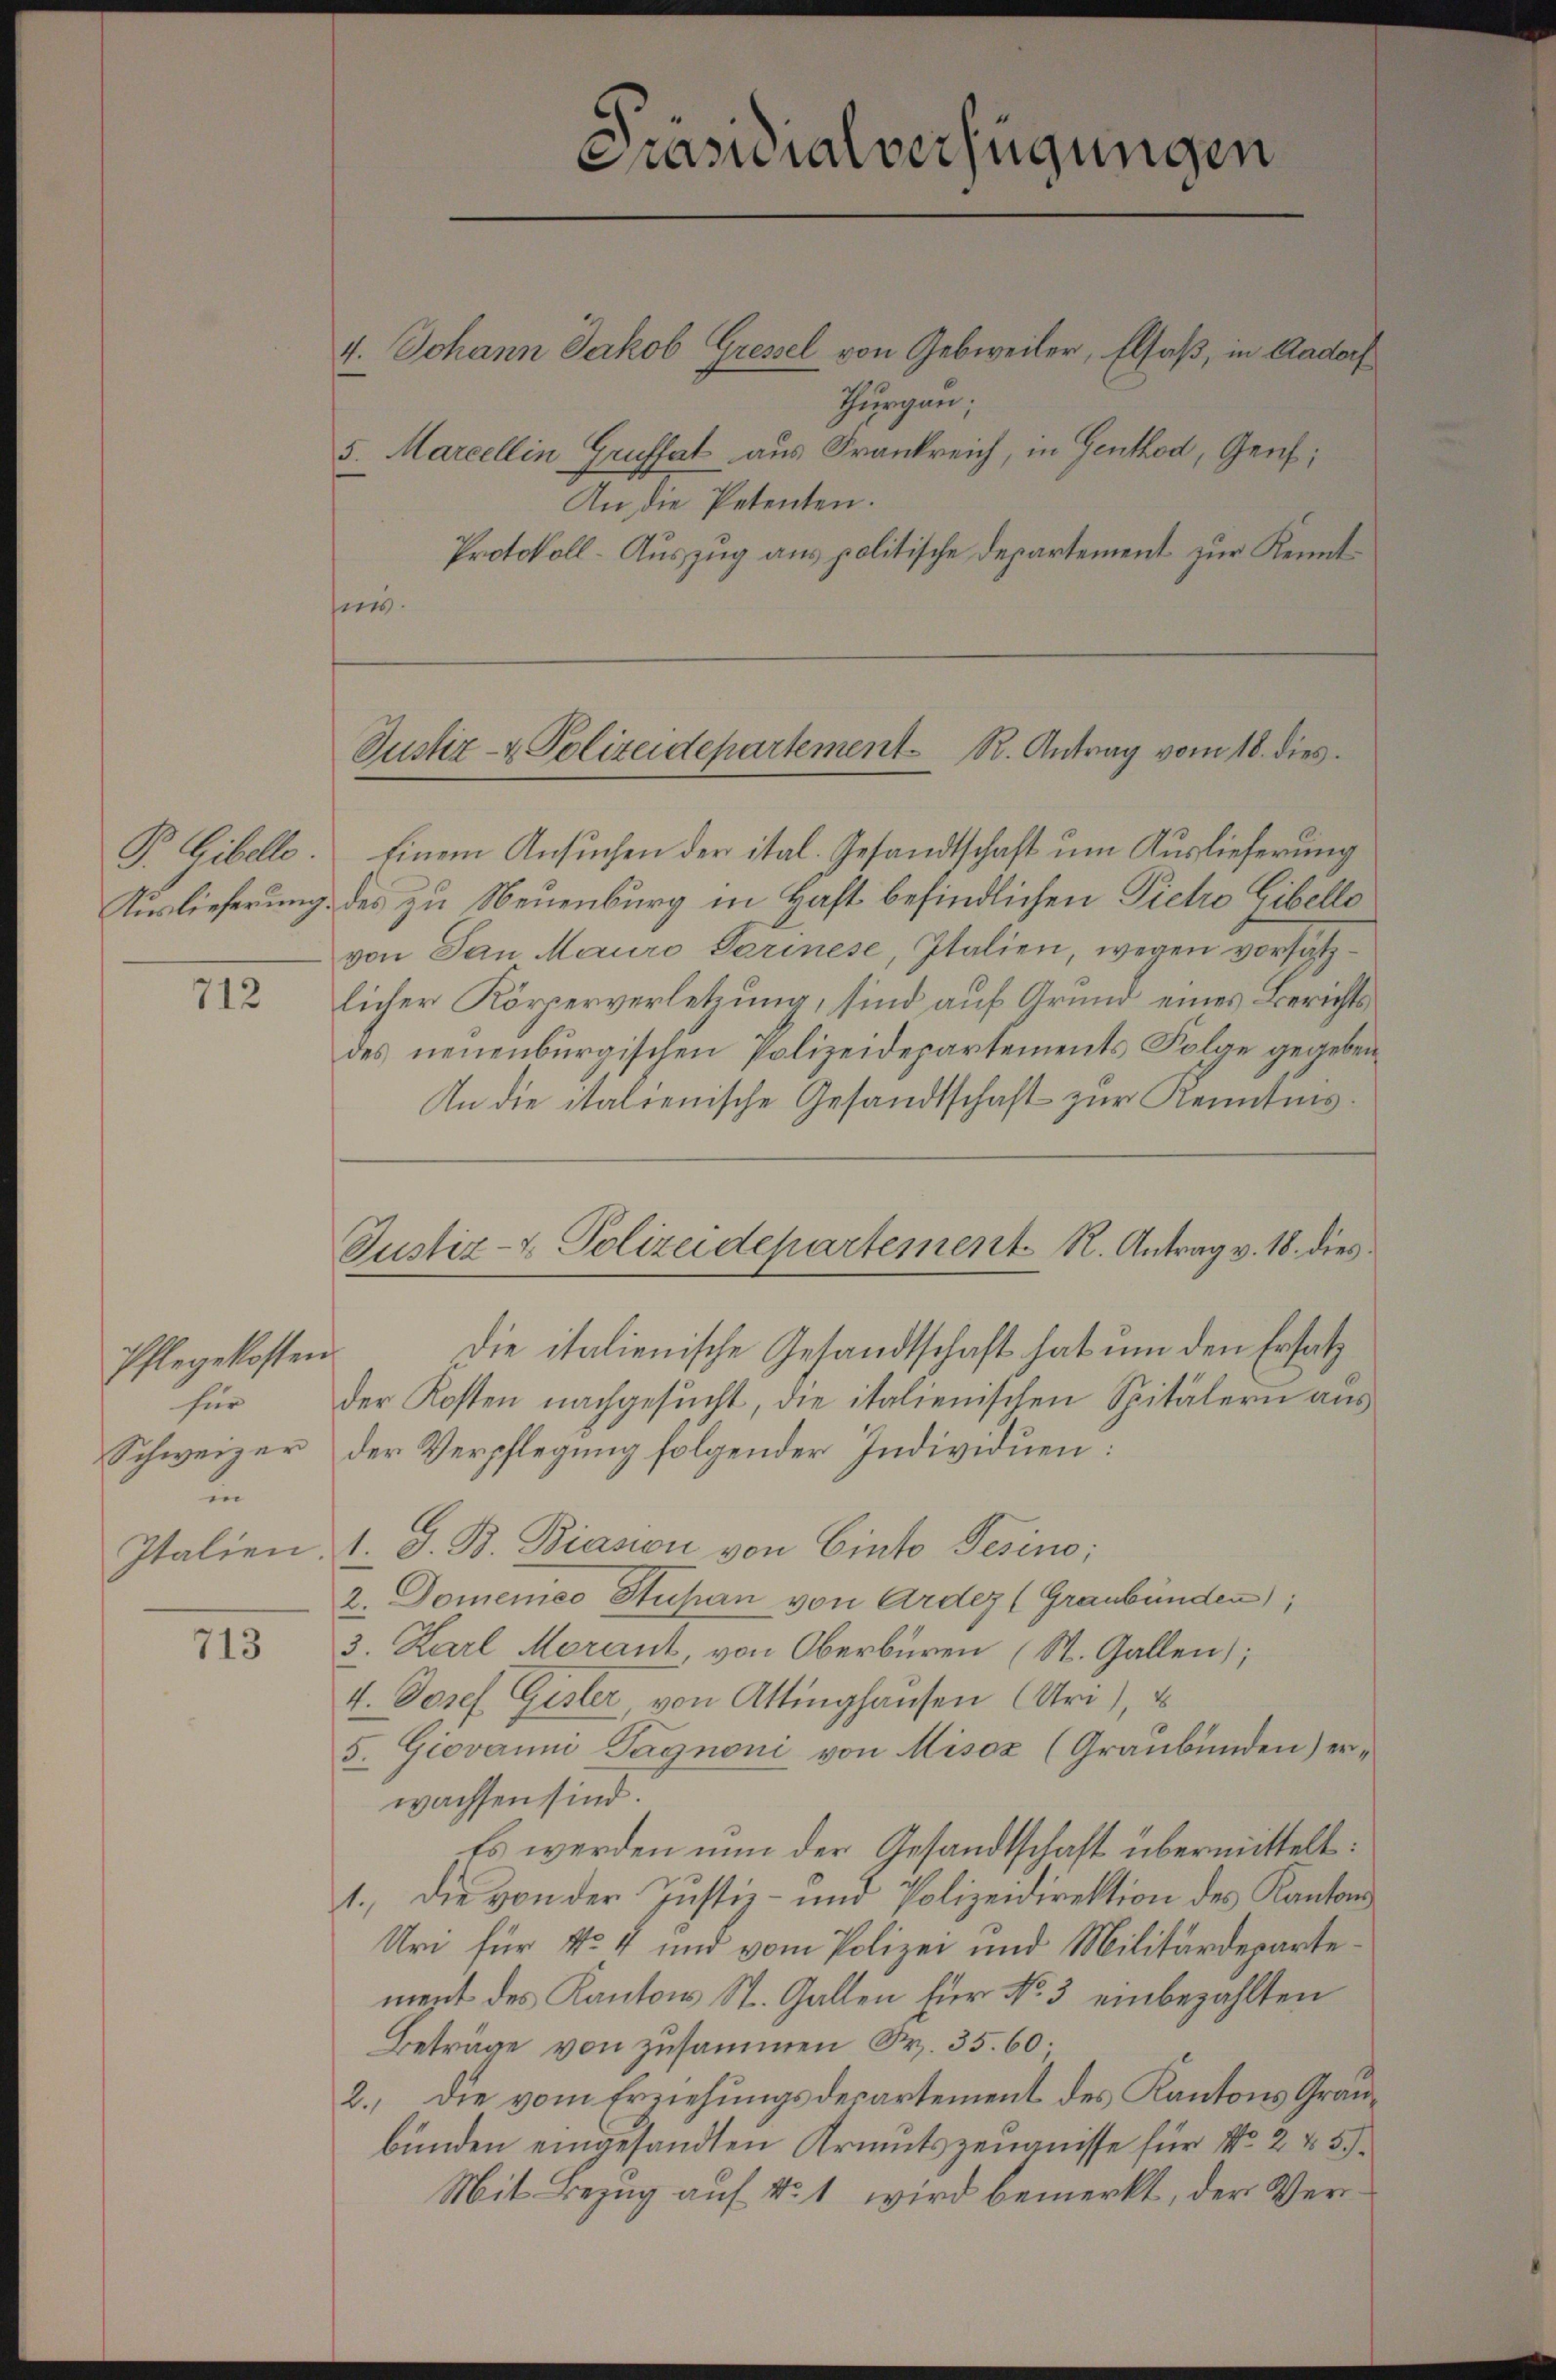
P. Gibelle.
Auslieferung.

712

Pflegekosten.
für
Schweizer
u
Italien

713

4. Johann Jakob Gressel von Gebweiler, Elsaß, in Aadorf
Thurgau;
5. Marcellin Gruffet aus Frankreich, in Genthod, Genf;
An die Petenten.
Protokoll-Auszug aus politische Departement zur Kennt-
fer.

Prasialverfügungen

Justiz- & Polizeidepartement R. Antrag vom 18. dies

Justiz- & Polizeidepartement R. Antrag v. 18. dies

Einem Ansuchen der ital. Gesandtschaft um Auslieferung
des zu Neuenburg in Haft befindlichen Pietro Gibello
von San Mauro Parinese, Italien, wegen vorsätzlicher Körperverletzung, sind auf Grund eines Berichts
des neuenburgischen Polizeidepartements Folge gegeben
An die italienische Gesandtschaft zur Kenntnis.
Die italienische Gesandtschaft hat um den Ersatz
der Kosten nachgesucht, die italienischen Spitälern aus
der Verpflegung folgender Individuen:
1. G. B. Biason von Cinto Pesino;
2. Domeines Stupan von Ardez (Graubünden);
3. Karl Morant von Oberbüren (St. Gallen;
4. Josef Gisler, von Attinghausen (Uri), E
5. Giovanni Tagnoni von Misox (Graubünden) erwachsen sind.
Es werden nun der Gesandtschaft übermittelt:
1.) Die von der Justiz- und Polizeidirektion des Kantons¬
Uri für No 4 und vom Polizei und Militärdepartement des Kantons St. Gallen für No 3 einbezahlten
Beträge von zusammen Sr. 35. 60.
2.) Die vom Erziehungsdesartement des Kantons Graubünden eingesandten Krientszeugnisse für No 2 x 5
Mit Bezug auf No 1 wird bemerkt, der Ver¬